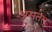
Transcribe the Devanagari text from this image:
असतत्